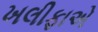
ખલીફાએ